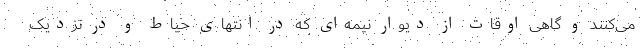
می‌کنند و گاهی اوقات از دیوار نیمه‌ای که در انتهای حیاط و در نزدیک